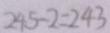
2 4 5 - 2 = 2 4 3